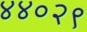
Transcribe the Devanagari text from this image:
४४०२९